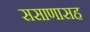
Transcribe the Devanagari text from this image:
ससाणासह